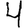
Digit: 4